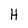
Character: H